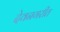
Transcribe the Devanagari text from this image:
देवनगरीत